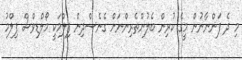
މި ދެ ފަންނާނުން މީގެ ކުރިން ބެލުންތެރިންނަށް ގެނެސްދިން ފިލްމަކީ މޯލްޑިވްސް ފިލްމު